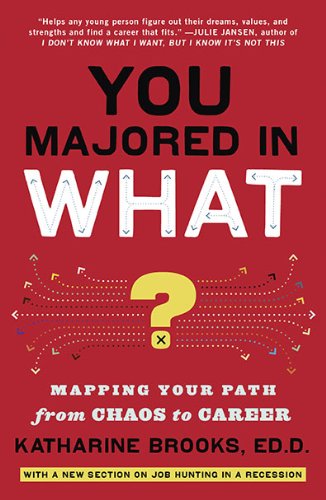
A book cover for You Majored in What?: Mapping Your Path from Chaos to Career; Katharine Brooks; Business & Money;